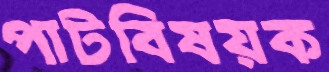
পাটবিষয়ক